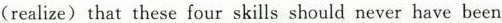
(realize)that these four skills should never have been